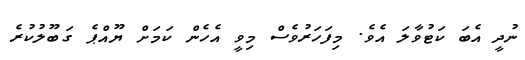
ނުދީ އެބަ ކަޓުވާލަ އެވެ. މިފަހަރުވެސް މިވީ އެހެން ކަމަށް ޔޫއްޕެ ގަބޫލުކުރެ